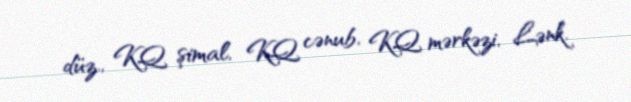
düz., KQ şimal, KQ cənub, KQ mərkəzi, Lənk.